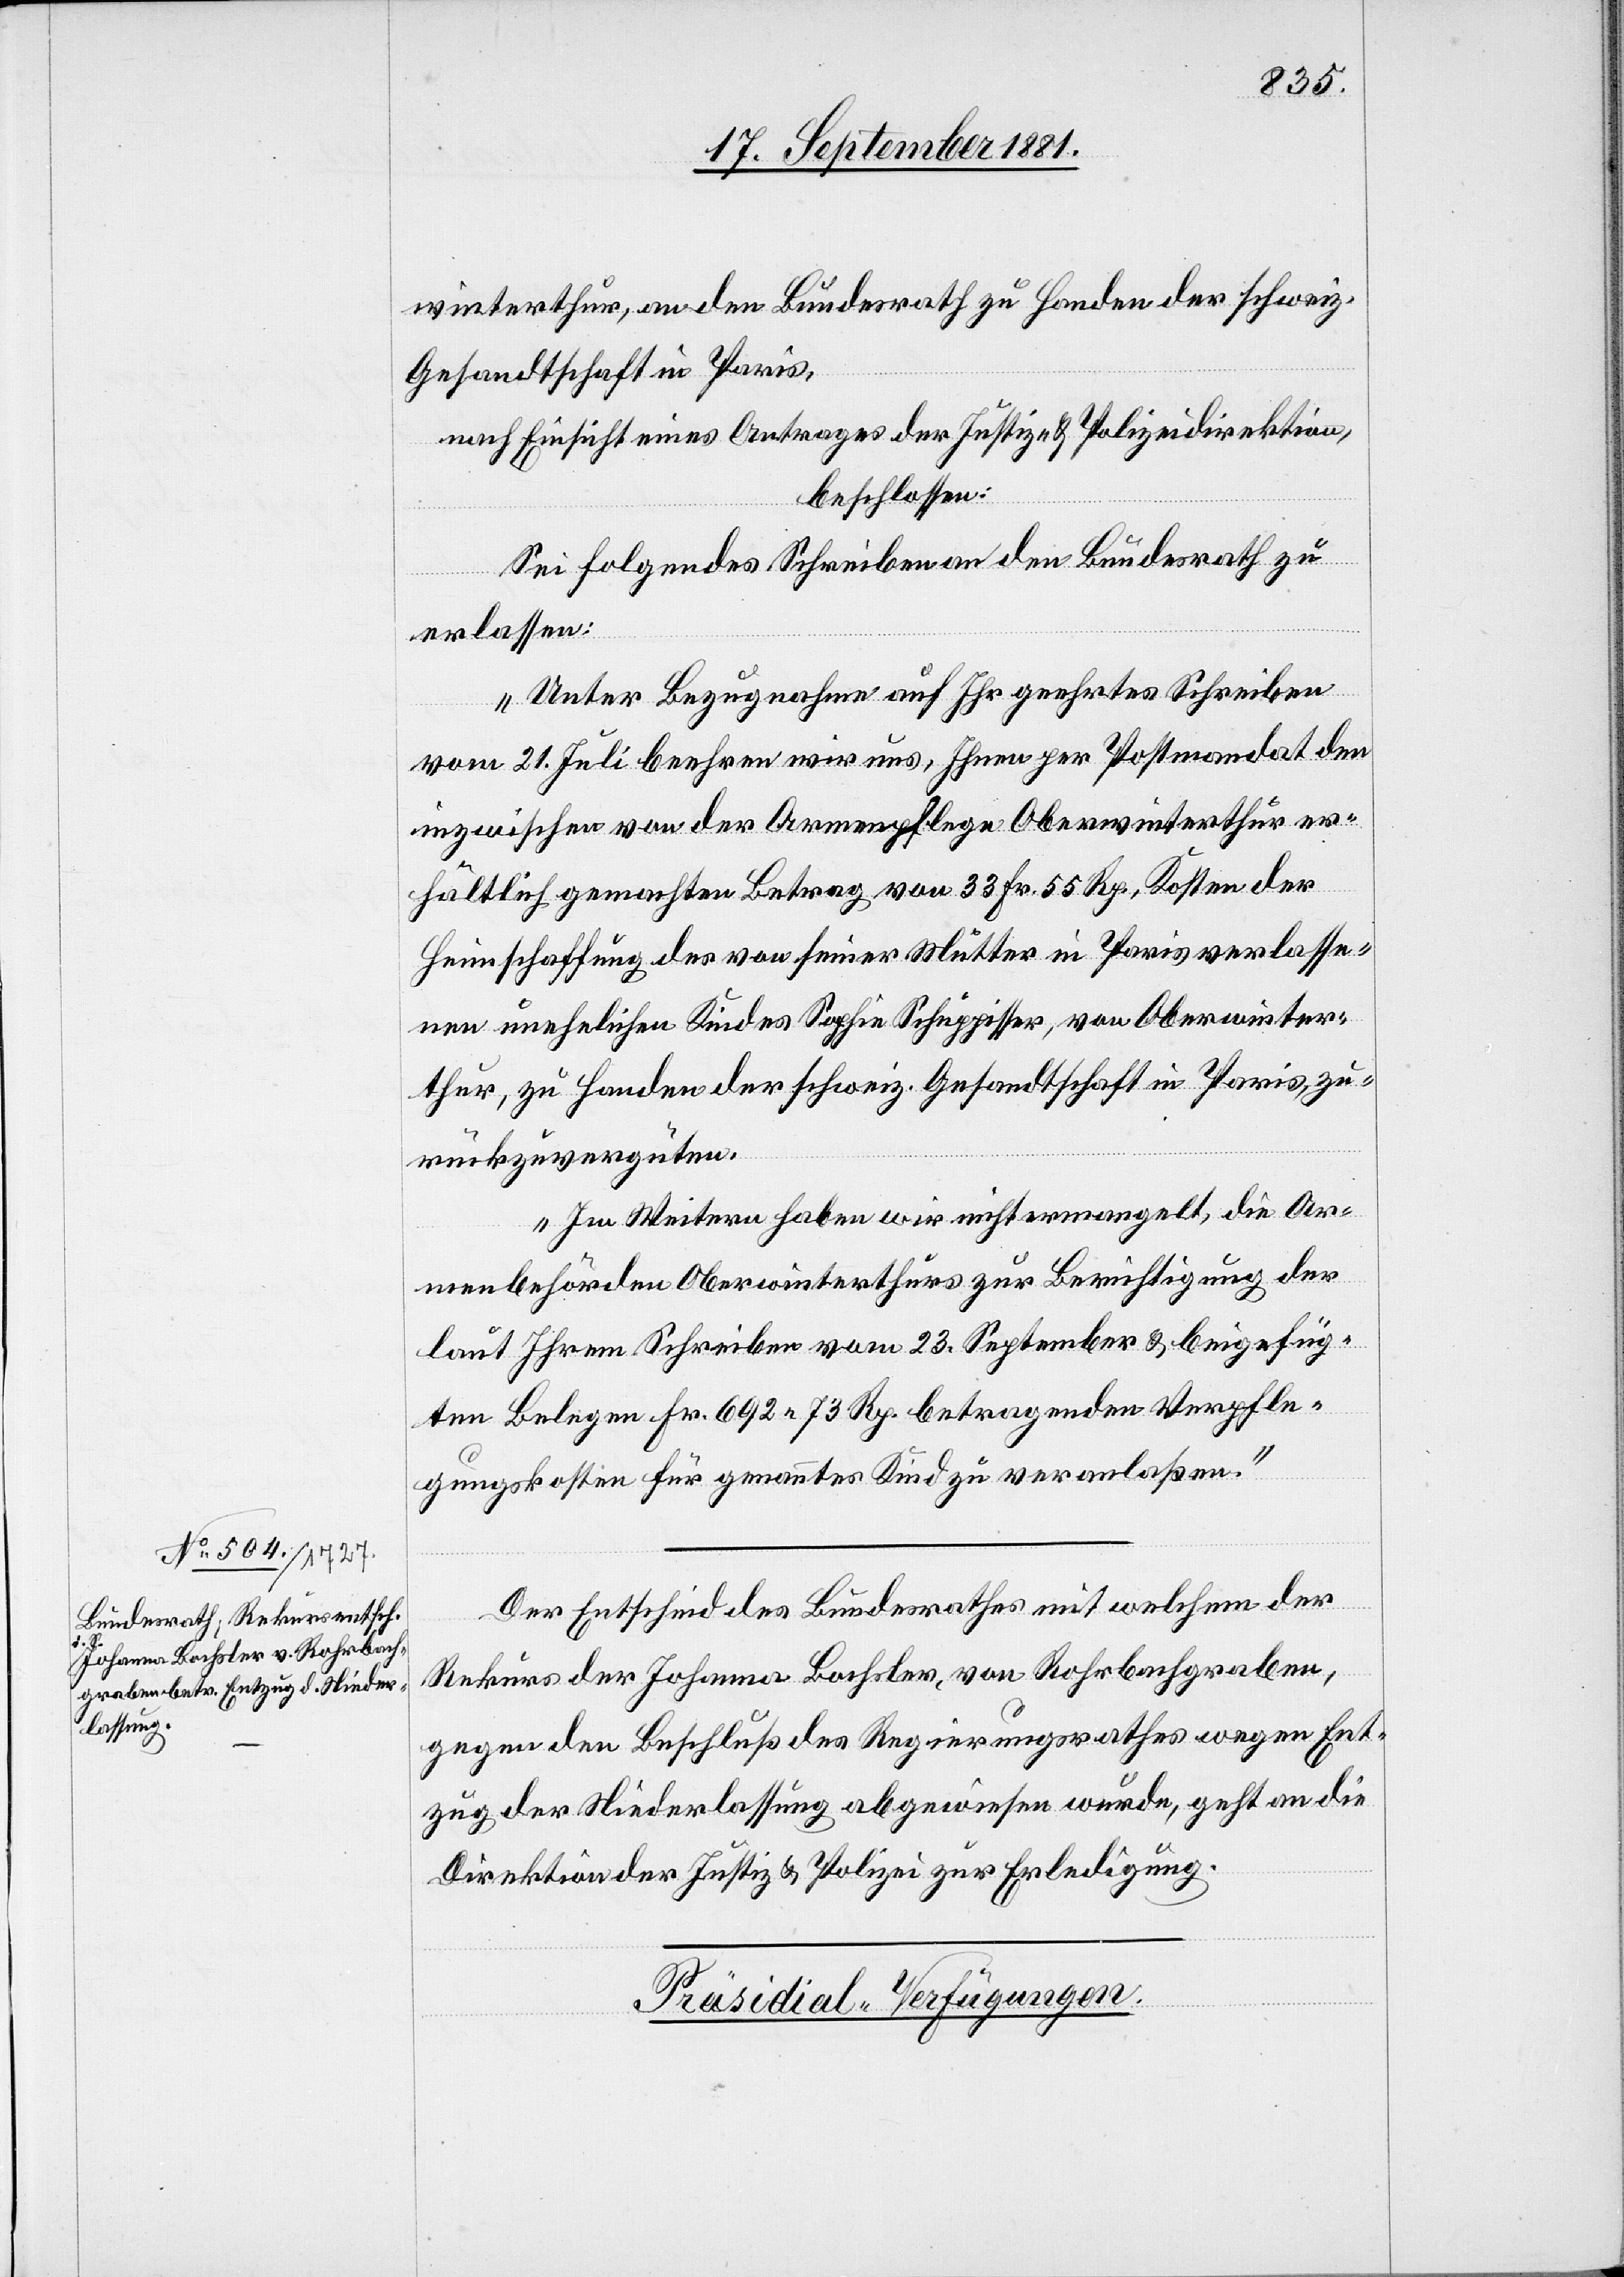
winterthur, an den Bundesrath zu Handen der schweiz.
Gesandtschaft in Paris,
nach Einsicht eines Antrages der Justiz- & Polizeidirektion,
beschlossen:
Sei folgendes Schreiben an den Bundesrath zu
erlassen:
„Unter Bezugnahme auf Ihr geehrtes Schreiben
vom 21. Juli beehren wir uns, Ihnen per Postmandat den
inzwischen von der Armenpflege Oberwinterthur er¬
hältlich gemachten Betrag von 33 Fr. 55 Rp., Kosten der
Heimschaffung des von seiner Mutter in Paris verlasse¬
nen unehelichen Kindes Sophie Schuppisser, von Oberwinter¬
thur, zu Handen der schweiz. Gesandtschaft in Paris, zu¬
rückzuvergüten.
Im Weitern haben wir nicht ermangelt, die Ar¬
menbehörden Oberwinterthur zur Berichtigung der
laut Ihrem Schreiben vom 23. September & beigefüg¬
ten Belegen Fr. 692 73 Rp. betragenden Verpfle¬
gungskosten für genanntes Kind zu veranlaßen.“
Der Entscheid des Bundesrathes mit welchem der
Rekurs der Johanna Bochsler, von Rohrbachgraben,
gegen den Beschluß des Regierungsrathes wegen Ent¬
zug der Niederlassung abgewiesen wurde, geht an die
Direktion der Justiz & Polizei zur Erledigung.
Präsidial-Verfügungen.